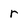
Character: r